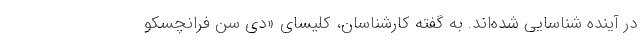
در آینده شناسایی شده‌اند. به گفته کارشناسان، کلیسای «دی سن فرانچسکو